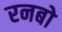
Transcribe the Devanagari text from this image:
रनबो